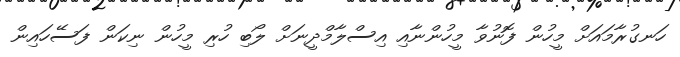
ހަނގުރާމައަށް މީހުން ފޮނުވާ މީހުންނާއި އިސްލާމްދީނަށް ލޯބި ހުރި މީހުން ނިކަން ފަސޭހައިން